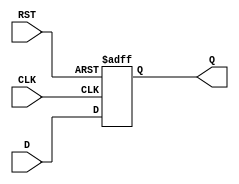
module FlipFlopRegister #(parameter WIDTH = 8) (
    input wire [WIDTH-1:0] D,     // Data input
    input wire CLK,                // Clock signal
    input wire RST,                // Reset signal
    output reg [WIDTH-1:0] Q       // Data output
);

// Always block to handle the synchronous reset and data storage
always @(posedge CLK or posedge RST) begin
    if (RST) begin
        Q <= {WIDTH{1'b0}}; // Asynchronous reset to 0
    end else begin
        Q <= D; // Capture input data on rising edge of clock
    end
end

endmodule